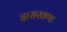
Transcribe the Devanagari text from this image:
झराखण्ड